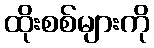
ထိုးစစ်များကို